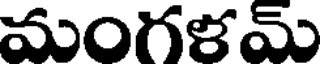
మంగళమ్